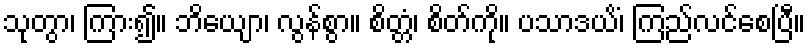
သုတွာ၊ ကြား၍။ ဘိယျော၊ လွန်စွာ။ စိတ္တံ၊ စိတ်ကို။ ပသာဒယိံ၊ ကြည်လင်စေပြီ။